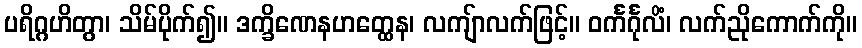
ပရိဂ္ဂဟိတွာ၊ သိမ်ပိုက်၍။ ဒက္ခိဏေနဟတ္ထေန၊ လကျ်ာလက်ဖြင့်။ ဝင်္ကင်္ဂုလိံ၊ လက်ညိုကောက်ကို။